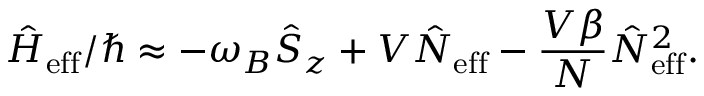
\hat { H } _ { \mathrm { e f f } } / \hbar \approx - \omega _ { B } \hat { S } _ { z } + V \hat { N } _ { \mathrm { e f f } } - \frac { V \beta } { N } \hat { N } _ { \mathrm { e f f } } ^ { 2 } .